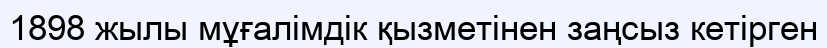
1898 жылы мұғалімдік қызметінен заңсыз кетірген